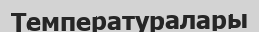
Температуралары